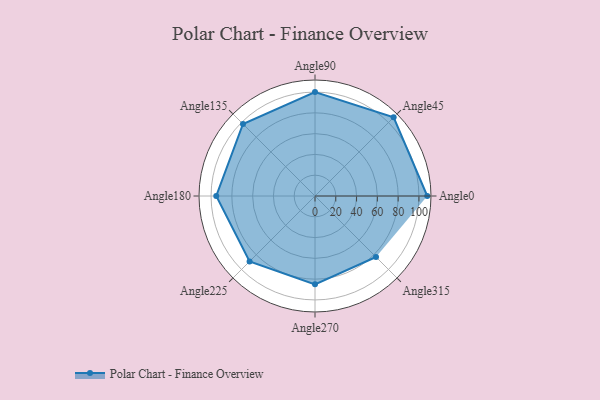
{"axis": {"x": "Angle", "y": "Radius"}, "legend": [""], "data": [{"x": "Angle0", "y": 108.0, "type": ""}, {"x": "Angle45", "y": 107.0, "type": ""}, {"x": "Angle90", "y": 100.0, "type": ""}, {"x": "Angle135", "y": 98.0, "type": ""}, {"x": "Angle180", "y": 95.0, "type": ""}, {"x": "Angle225", "y": 89.0, "type": ""}, {"x": "Angle270", "y": 85.0, "type": ""}, {"x": "Angle315", "y": 83.0, "type": ""}]}